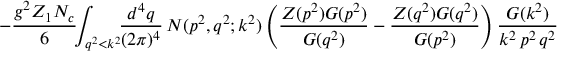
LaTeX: - \frac { g ^ { 2 } Z _ { 1 } N _ { c } } { 6 } \! \! \int _ { q ^ { 2 } < k ^ { 2 } } \! \! \frac { d ^ { 4 } q } { ( 2 \pi ) ^ { 4 } } \, N ( p ^ { 2 } , q ^ { 2 } ; k ^ { 2 } ) \left( \frac { Z ( p ^ { 2 } ) G ( p ^ { 2 } ) } { G ( q ^ { 2 } ) } - \frac { Z ( q ^ { 2 } ) G ( q ^ { 2 } ) } { G ( p ^ { 2 } ) } \right) \frac { G ( k ^ { 2 } ) } { k ^ { 2 } \, p ^ { 2 } \, q ^ { 2 } }